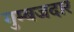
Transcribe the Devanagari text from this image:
गुम्बजदार